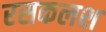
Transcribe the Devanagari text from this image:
रसकलश